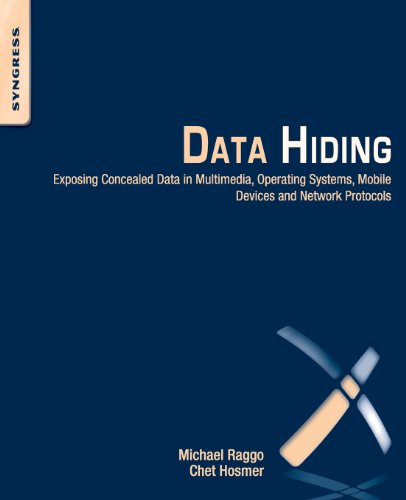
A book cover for Data Hiding: Exposing Concealed Data in Multimedia, Operating Systems, Mobile Devices and Network Protocols; Michael T. Raggo; Computers & Technology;